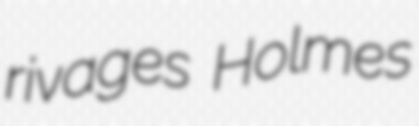
rivages Holmes